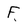
Character: f